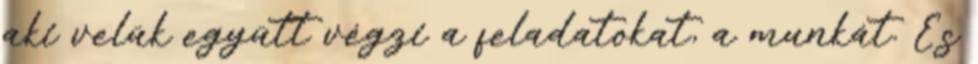
aki velük együtt végzi a feladatokat, a munkát. És